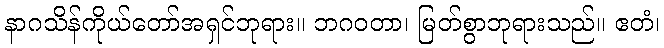
နာဂသိန်ကိုယ်တော်အရှင်ဘုရား။ ဘဂဝတာ၊ မြတ်စွာဘုရားသည်။ ဧတံ၊